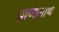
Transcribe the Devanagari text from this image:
प्राणानाथ